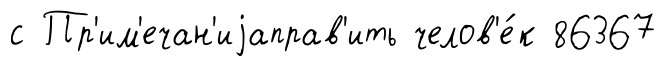
с Пр'им'ечан'иjаправ'ить челов'е́к 86367